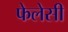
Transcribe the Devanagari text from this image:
फेलेसी